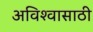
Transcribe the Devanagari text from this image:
अविश्‍वासाठी